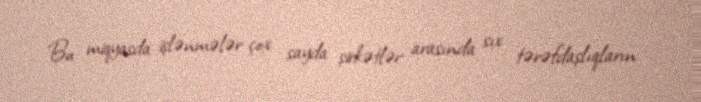
Bu miqyasda işlənmələr çox sayda şirkətlər arasında sıx tərəfdaşlıqların